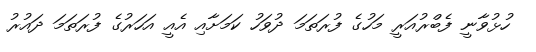
ހުޅުވާނީ ފެބްރުއަރީ މަހުގެ ފުރަތަމަ ދުވަހު ކަމަށާއި އެއީ އަހަރުގެ ފުރަތަމަ ދައުރު